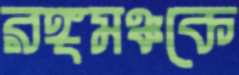
রঙ্গমঞ্চকে